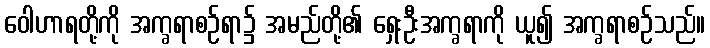
ဝေါဟာရတို့ကို အက္ခရာစဉ်ရာ၌ အမည်တို့၏ ရှေးဦးအက္ခရာကို ယူ၍ အက္ခရာစဉ်သည်။